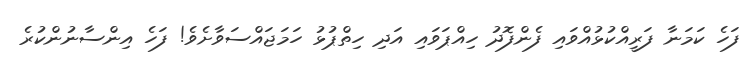
ފަހެ ކަމަނާ ފަރީއްކުޅުއްވައި ފެންފޮދު ހިއްޕަވައި އަދި ހިތްޕުޅު ހަމަޖައްސަވާށެވެ! ފަހެ އިންސާނުންކުރެ